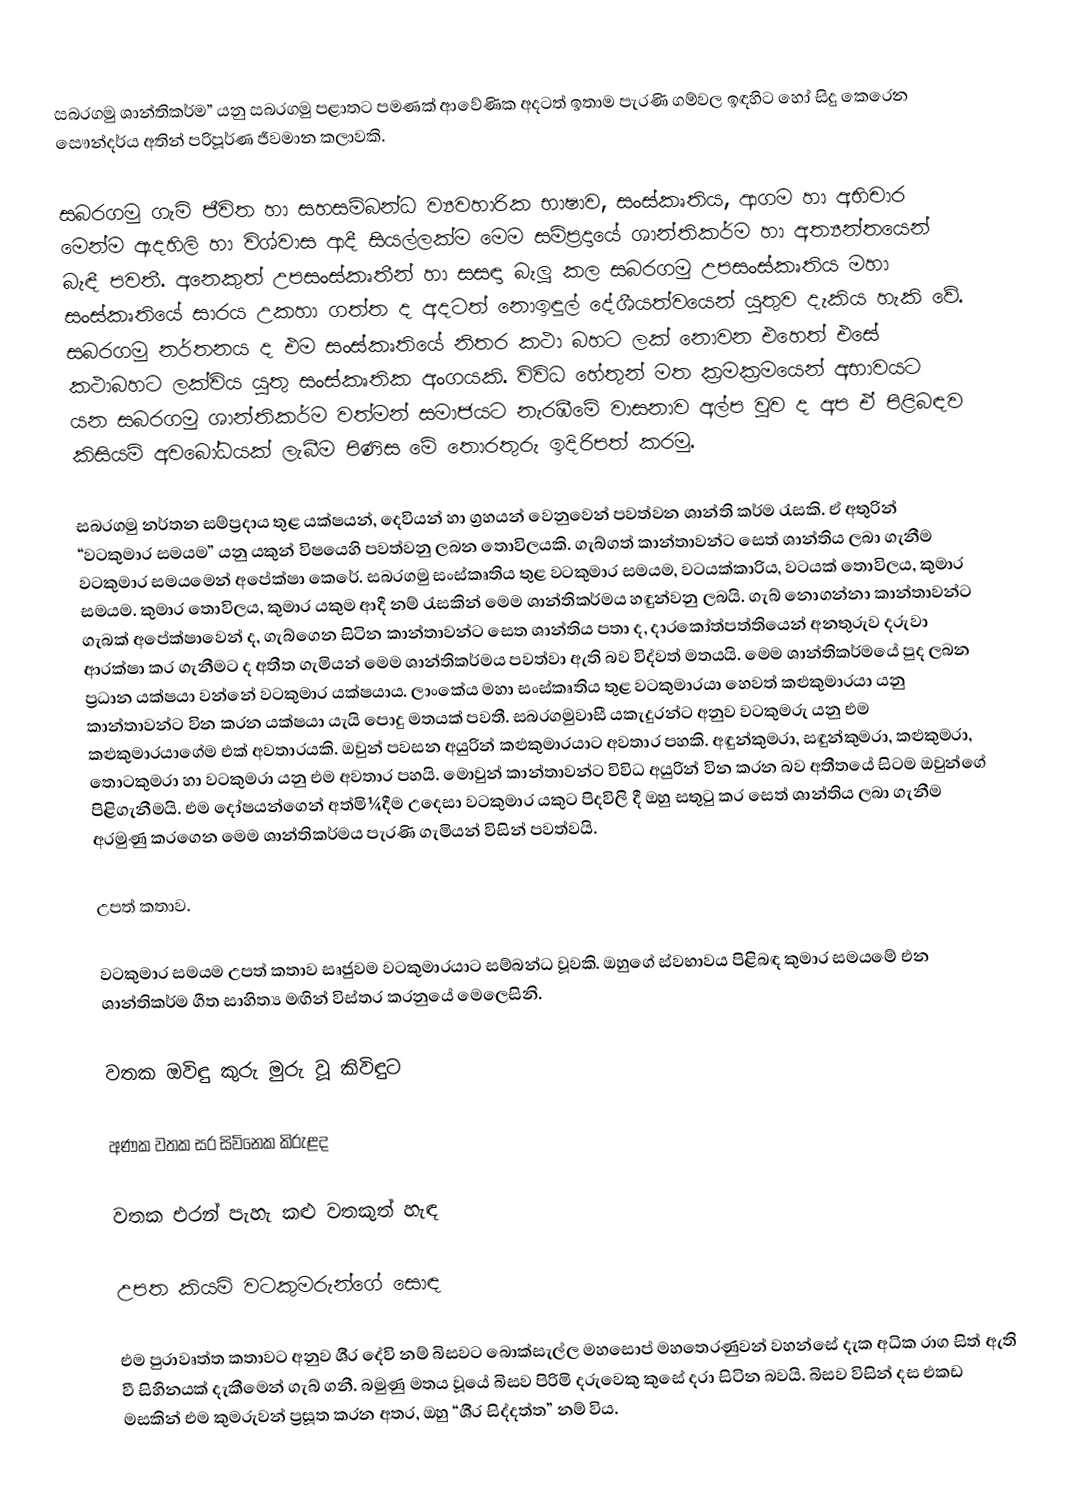
සබරගමු ශාන්තිකර්ම” යනු සබරගමු පළාතට පමණක් ආවේණික අදටත් ඉතාම පැරණි ගම්වල ඉඳහිට හෝ සිදු කෙරෙන සෞන්දර්ය අතින් පරිපූර්ණ ජීවමාන කලාවකි.

සබරගමු ගැමි ජීවිත හා සහසම්බන්ධ ව්‍යවහාරික භාෂාව, සංස්කෘතිය, ආගම හා අභිචාර මෙන්ම ඇදහිලි හා විශ්වාස ආදී සියල්ලක්ම මෙම සම්ප්‍රදායේ ශාන්තිකර්ම හා අත්‍යන්තයෙන් බැඳී පවතී. අනෙකුත් උපසංස්කෘතීන් හා සසඳා බැලූ කල සබරගමු උපසංස්කෘතිය මහා සංස්කෘතියේ සාරය උකහා ගත්ත ද අදටත් නොඉඳුල් දේශීයත්වයෙන් යුතුව දැකිය හැකි වේ. සබරගමු නර්තනය ද එම සංස්කෘතියේ නිතර කථා බහට ලක් නොවන එහෙත් එසේ කථාබහට ලක්විය යුතු සංස්කෘතික අංගයකි. විවිධ හේතුන් මත ක්‍රමක්‍රමයෙන් අභාවයට යන සබරගමු ශාන්තිකර්ම වත්මන් සමාජයට නැරඹීමේ වාසනාව අල්ප වුව ද අප ඒ පිළිබඳව කිසියම් අවබෝධයක් ලැබීම පිණිස මේ තොරතුරු ඉදිරිපත් කරමු.

සබරගමු නර්තන සම්ප්‍රදාය තුළ යක්ෂයන්, දෙවියන් හා ග්‍රහයන් වෙනුවෙන් පවත්වන ශාන්ති කර්ම රැසකි. ඒ අතුරින් “වටකුමාර සමයම” යනු යකුන් විෂයෙහි පවත්වනු ලබන තොවිලයකි. ගැබ්ගත් කාන්තාවන්ට සෙත් ශාන්තිය ලබා ගැනීම වටකුමාර සමයමෙන් අපේක්ෂා කෙරේ. සබරගමු සංස්කෘතිය තුළ වටකුමාර සමයම, වටයක්කාරිය, වටයක් තොවිලය, කුමාර සමයම. කුමාර තොවිලය, කුමාර යකුම ආදී නම් රැසකින් මෙම ශාන්තිකර්මය හඳුන්වනු ලබයි. ගැබ් නොගන්නා කාන්තාවන්ට ගැබක් අපේක්ෂාවෙන් ද, ගැබ්ගෙන සිටින කාන්තාවන්ට සෙත ශාන්තිය පතා ද, දාරකෝත්පත්තියෙන් අනතුරුව දරුවා ආරක්ෂා කර ගැනීමට ද අතීත ගැමියන් මෙම ශාන්තිකර්මය පවත්වා ඇති බව විද්වත් මතයයි. මෙම ශාන්තිකර්මයේ පුද ලබන ප්‍රධාන යක්ෂයා වන්නේ වටකුමාර යක්ෂයාය. ලාංකේය මහා සංස්කෘතිය තුළ වටකුමාරයා හෙවත් කළුකුමාරයා යනු කාන්තාවන්ට වින කරන යක්ෂයා යැයි පොදු මතයක් පවතී. සබරගමුවාසී යකැදුරන්ට අනුව වටකුමරු යනු එම කළුකුමාරයාගේම එක් අවතාරයකි. ඔවුන් පවසන අයුරින් කළුකුමාරයාට අවතාර පහකි. අඳුන්කුමරා, සඳුන්කුමරා, කළුකුමරා, තොටකුමරා හා වටකුමරා යනු එම අවතාර පහයි. මොවුන් කාන්තාවන්ට විවිධ අයුරින් වින කරන බව අතීතයේ සිටම ඔවුන්ගේ පිළිගැනීමයි. එම දෝෂයන්ගෙන් අත්මි¼දීම උදෙසා වටකුමාර යකුට පිදවිලි දී ඔහු සතුටු කර සෙත් ශාන්තිය ලබා ගැනීම අරමුණු කරගෙන මෙම ශාන්තිකර්මය පැරණි ගැමියන් විසින් පවත්වයි.

උපත් කතාව.

වටකුමාර සමයම උපත් කතාව සෘජුවම වටකුමාරයාට සම්බන්ධ වූවකි. ඔහුගේ ස්වභාවය පිළිබඳ කුමාර සමයමේ එන ශාන්තිකර්ම ගීත සාහිත්‍ය මඟින් විස්තර කරනුයේ මෙලෙසිනි.

වතක ඔවිඳු කුරු මුරු වූ කිවිඳුට

අණක වතක සර සිව්නෙක කිරුළද

වතක එරන් පැහැ කළු වතකුත් හැඳ

උපත කියමි වටකුමරුන්ගේ සොඳ

එම පුරාවෘත්ත කතාවට අනුව ශී‍්‍ර දේවි නම් බිසවට බොක්සැල්ල මහසොප් මහතෙරණුවන් වහන්සේ දැක අධික රාග සිත් ඇති වී සිහිනයක් දැකීමෙන් ගැබ් ගනී. බමුණු මතය වූයේ බිසව පිරිමි දරුවෙකු කුසේ දරා සිටින බවයි. බිසව විසින් දස එකඩ මසකින් එම කුමරුවන් ප්‍රසූත කරන අතර, ඔහු “ශී‍්‍ර සිද්දත්ත” නම් විය.